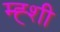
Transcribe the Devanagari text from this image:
म्ह्शी